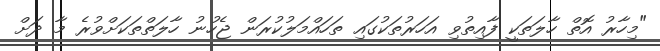
"މިހާރު އޮތް ހާލަތަކީ ފާއިތުވި އަހަރުތަކުގައި ތަހައްމަލުކުރަން ޖެހުނު ހާލަތްތަކަށްވުރެ މާ ދަށް